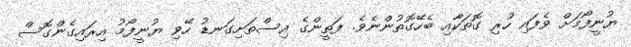
ޔުނީފޯމަށް ވެފައި ހުރި ގޮތަކާއި ބެހޭގޮތުންނެވެ. ފަތީންގެ އިސްތަށިގަނޑު ހޭވި ޔުނީފޯމު އިރައިގެންގޮސް